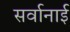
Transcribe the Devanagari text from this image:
सर्वानाई